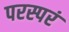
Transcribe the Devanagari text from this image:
परस्परं